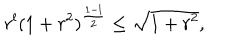
r ^ { l } ( 1 + r ^ { 2 } ) ^ { { \frac { 1 - l } { 2 } } } \leq \sqrt { 1 + r ^ { 2 } } ,